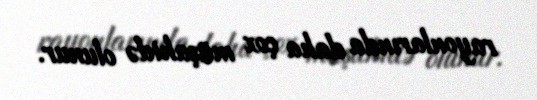
rayonlarında daha çox müşahidə olunur.